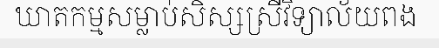
ឃាតកម្មសម្លាប់សិស្សស្រីវិទ្យាល័យពង